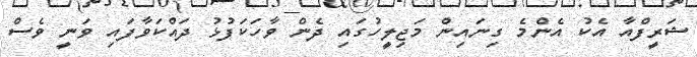
ޝަރީފްއާ އެކު އެންމެ ގިނައިން މަޖިލީހުގައި ދެން ވާހަކަފުޅު ދައްކަވާފައި ވަނީ ވެސް